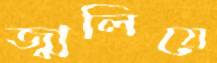
জ্বালিয়ে